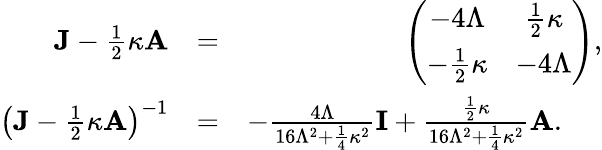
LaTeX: \begin{array}{rlr}{{\mathbf J}-\frac{1}{2}\kappa{\mathbf A}}&{=}&{\left(\begin{array}{cc}{-4\Lambda}&{\frac{1}{2}\kappa}\\ {-\frac{1}{2}\kappa}&{-4\Lambda}\end{array}\right),}\\ {\big({\mathbf J}-\frac{1}{2}\kappa{\mathbf A}\big)^{-1}}&{=}&{-\frac{4\Lambda}{16\Lambda^{2}+\frac{1}{4}\kappa^{2}}{\mathbf I}+\frac{\frac{1}{2}\kappa}{16\Lambda^{2}+\frac{1}{4}\kappa^{2}}{\mathbf A}.\ \ \ \ \ }\end{array}